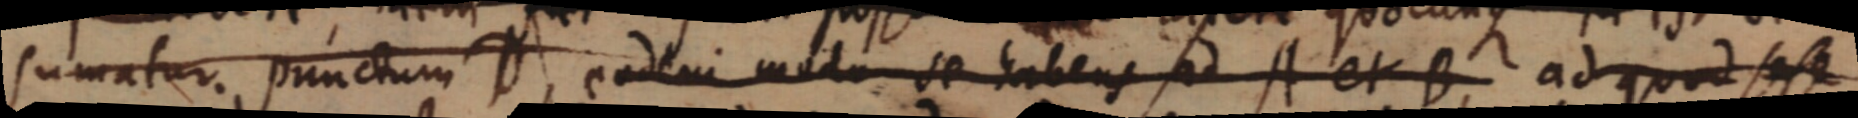
sumatur punctum D eodem molo se habens ad A et B ad quod sese